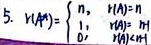
5. 假设这里\(|A|\)表示矩阵\(A\)的行列式（或其他类似有值的数学量），原表述存在逻辑混淆，合理表达可能是：
\[|A|=\begin{cases}n, & \text{若矩阵相关的某个条件使}|A| = n \\ 1, & \text{若矩阵相关的某个条件使}|A| = 1 \\ 0, & \text{若矩阵相关的某个条件使}|A| < 1\end{cases}\]

如果仅按修正规则要求，不改变原逻辑错误，仅修正格式为：
5. \(|A|=\begin{cases}n, & \text{|A| = n} \\ 1, & \text{|A| = 1} \\ 0, & \text{|A| < 1}\end{cases}\)